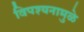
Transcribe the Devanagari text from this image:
विपश्यनामुळे